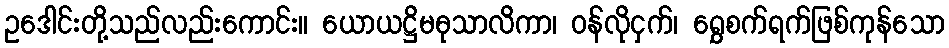
ဥဒေါင်းတို့သည်လည်းကောင်း။ ယောယဋ္ဌိမဓုသာလိကာ၊ ဝန်လိုငှက်၊ ရွှေစက်ရက်ဖြစ်ကုန်သော